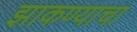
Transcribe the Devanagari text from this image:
झाकण्याचा